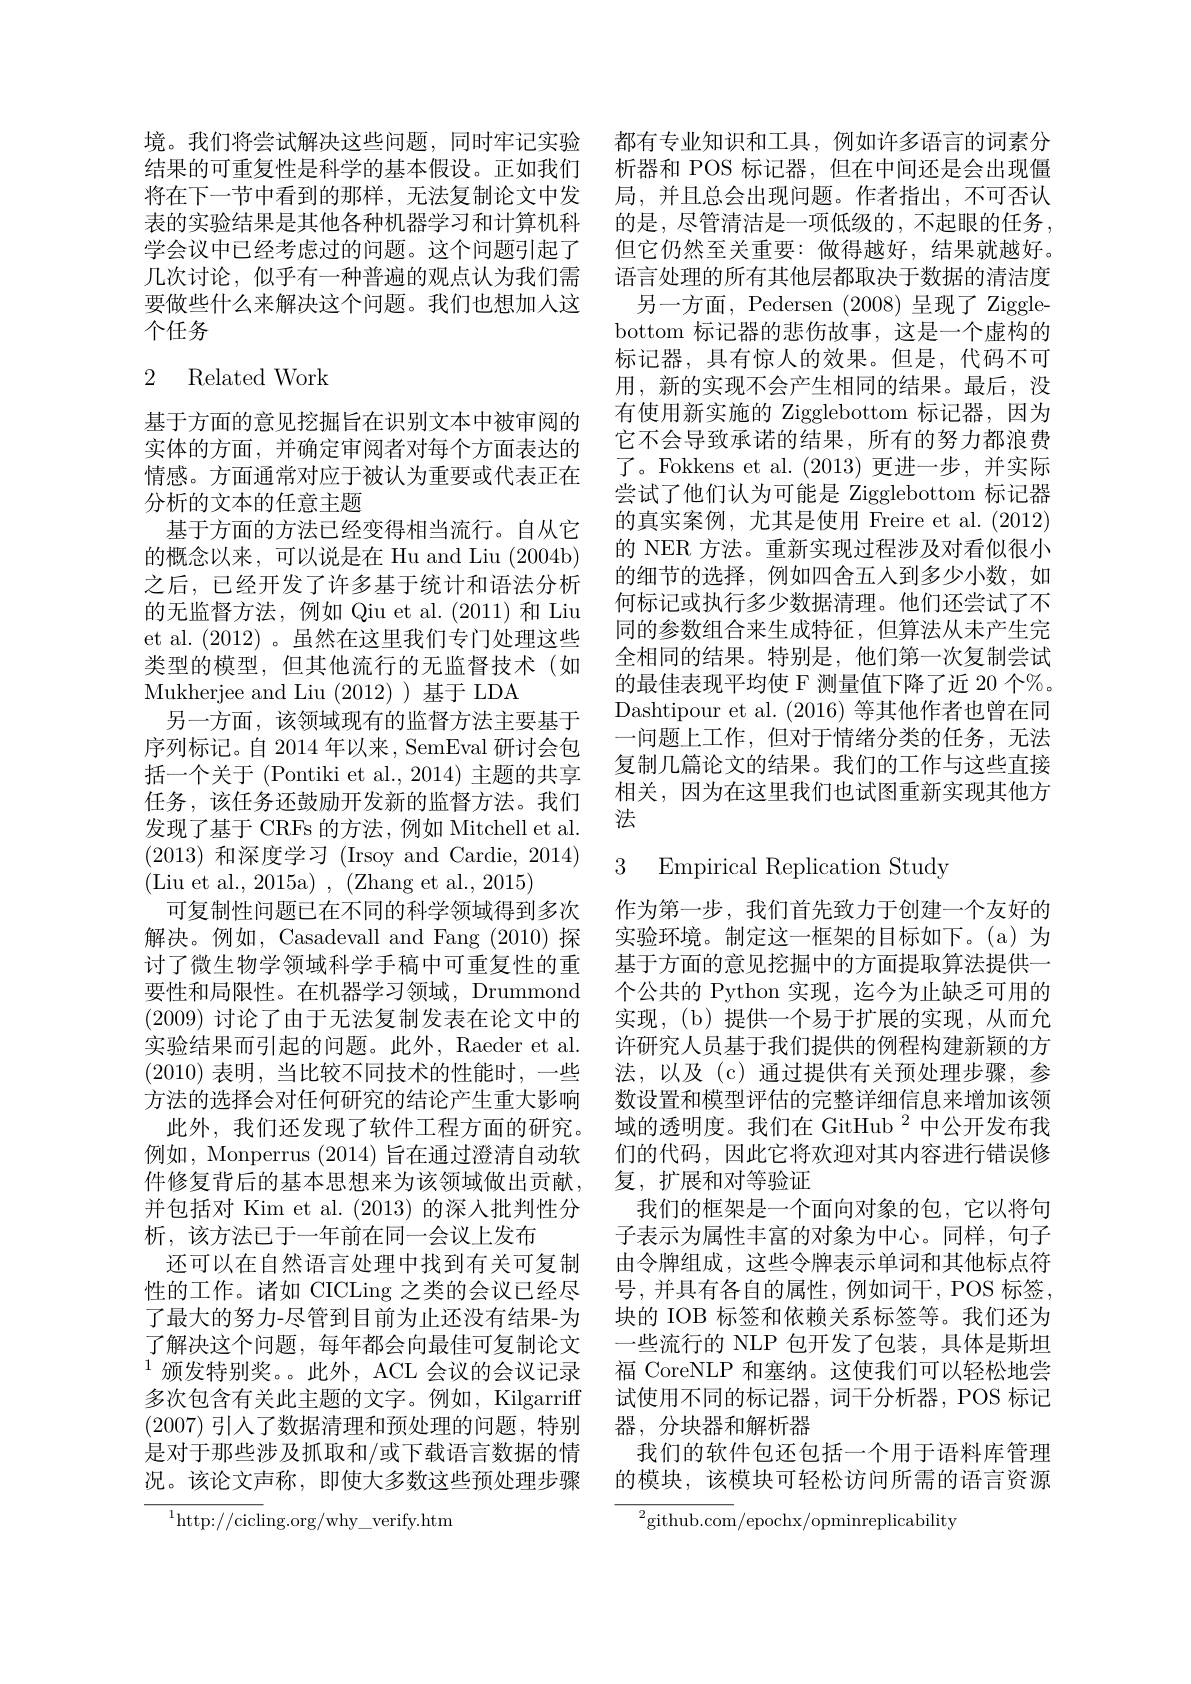
境。我们将尝试解决这些问题，同时牢记实验 都有专业知识和工具，例如许多语言的词素分结果的可重复性是科学的基本假设。正如我们 析器和 POS 标记器，但在中间还是会出现僵将在下一节中看到的那样，无法复制论文中发 局，并且总会出现问题。作者指出，不可否认表的实验结果是其他各种机器学习和计算机科 的是，尽管清洁是一项低级的，不起眼的任务， 学会议中已经考虑过的问题。这个问题引起了 但它仍然至关重要：做得越好，结果就越好。几次讨论，似乎有一种普遍的观点认为我们需 语言处理的所有其他层都取决于数据的清洁度要做些什么来解决这个问题。我们也想加人这
个任务

## 2 Related Work

基于方面的意见挖掘旨在识别文本中被审阅的实体的方面，并确定审阅者对每个方面表达的情感。方面通常对应于被认为重要或代表正在分析的文本的任意主题
基于方面的方法已经变得相当流行。自从它的概念以来，可以说是在 Hu and Liu (2004b) 之后，已经开发了许多基于统计和语法分析的无监督方法，例如 Qiu et al.(2011) 和 Liu et al. (2012)。虽然在这里我们专门处理这些类型的模型，但其他流行的无监督技术(如Mukherjee and Liu (2012))基于 LDA
另一方面，该领域现有的监督方法主要基于序列标记。自 2014 年以来，SemEval 研讨会包括一个关于 (Pontiki et al., 2014) 主题的共享任务，该任务还鼓励开发新的监督方法。我们发现了基于 CRFs 的方法，例如 Mitchell et al. (2013)和深度学习(Irsoy and Cardie, 2014) (Liu et al., 2015a),(Zhang et al., 2015)
可复制性问题已在不同的科学领域得到多次解决。例如，Casadevall and Fang (2010) 探讨了微生物学领域科学手稿中可重复性的重要性和局限性。在机器学习领域，Drummond (2009)讨论了由于无法复制发表在论文中的实验结果而引起的问题。此外，Raeder et al. (2010)表明，当比较不同技术的性能时，一些方法的选择会对任何研究的结论产生重大影响
此外，我们还发现了软件工程方面的研究。例如，Monperrus (2014)旨在通过澄清自动软件修复背后的基本思想来为该领域做出贡献， 并包括对 Kim et al. (2013)的深入批判性分析，该方法已于一年前在同一会议上发布
还可以在自然语言处理中找到有关可复制性的工作。诸如 CICLing 之类的会议已经尽了最大的努力-尽管到目前为止还没有结果-为了解决这个问题，每年都会向最佳可复制论文$^{1}$颁发特别奖。。此外，ACL 会议的会议记录多次包含有关此主题的文字。例如，Kilgarriff 试使用不同的标记器，词干分析器，POS 标记
(2007)引人了数据清理和预处理的问题，特别 器，分块器和解析器
是对于那些涉及抓取和/或下载语言数据的情
况。该论文声称，即使大多数这些预处理步骤 的模块，该模块可轻松访问所需的语言资源
$^{1}$http://cicling.org/why\_verify.htm

另一方面，Pedersen (2008) 呈现了 Zigglebottom 标记器的悲伤故事，这是一个虚构的标记器，具有惊人的效果。但是，代码不可用，新的实现不会产生相同的结果。最后，没有使用新实施的 Zigglebottom 标记器，因为它不会导致承诺的结果，所有的努力都浪费了。Fokkens et al. (2013)更进一步，并实际尝试了他们认为可能是 Zigglebottom 标记器的真实案例，尤其是使用 Freire et al. (2012) 的 NER 方法。重新实现过程涉及对看似很小的细节的选择，例如四舍五人到多少小数，如何标记或执行多少数据清理。他们还尝试了不同的参数组合来生成特征，但算法从未产生完全相同的结果。特别是，他们第一次复制尝试的最佳表现平均使 F 测量值下降了近 20 个%。Dashtipour et al. (2016)等其他作者也曾在同一问题上工作，但对于情绪分类的任务，无法复制几篇论文的结果。我们的工作与这些直接相关，因为在这里我们也试图重新实现其他方法

# 3 Empirical Replication Study

作为第一步，我们首先致力于创建一个友好的实验环境。制定这一框架的目标如下。(a)为基于方面的意见挖掘中的方面提取算法提供一个公共的 Python 实现，迄今为止缺乏可用的实现，(b)提供一个易于扩展的实现，从而允许研究人员基于我们提供的例程构建新颖的方法，以及(c)通过提供有关预处理步骤，参数设置和模型评估的完整详细信息来增加该领域的透明度。我们在 GitHub $^{2}$中公开发布我们的代码，因此它将欢迎对其内容进行错误修复，扩展和对等验证
我们的框架是一个面向对象的包，它以将句子表示为属性丰富的对象为中心。同样，句子由令牌组成，这些令牌表示单词和其他标点符号，并具有各自的属性，例如词干，POS 标签， 块的 IOB 标签和依赖关系标签等。我们还为一些流行的 NLP 包开发了包装，具体是斯坦福 CoreNLP 和塞纳。这使我们可以轻松地尝
我们的软件包还包括一个用于语料库管理
${^{2}\mathrm{github.com}}/$epochx/opminreplicability